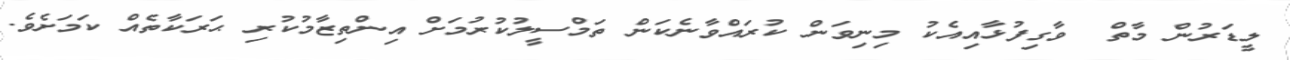
ލީޑަރުން މާތް  ވާގިފުޅާއިއެކު މިނިވަން ކުރައްވާނެކަން ތަމްސީލުކުރުމަށް އިންތިޒާމުކުރި ޙަރަކާތެއް ކަމަށެވެ.